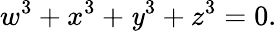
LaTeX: w^{3}+x^{3}+\mathit{y}^{3}+z^{3}=0.